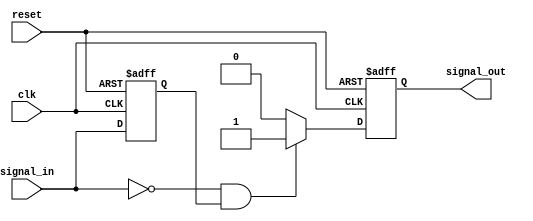
module negative_edge_detector (
    input wire clk,            // Clock signal
    input wire signal_in,      // Input signal to be monitored
    input wire reset,          // Asynchronous reset signal
    output reg signal_out      // Output signal indicating negative edge
);

    reg previous_state;        // Register to store the previous state of signal_in

    // Asynchronous reset and edge detection logic
    always @(posedge clk or posedge reset) begin
        if (reset) begin
            previous_state <= 1'b0; // Initialize previous state to 0
            signal_out <= 1'b0;      // Initialize output to 0
        end else begin
            // Edge detection logic
            if (signal_in == 1'b0 && previous_state == 1'b1) begin
                signal_out <= 1'b1;  // Set output high for one clock cycle
            end else begin
                signal_out <= 1'b0;   // Reset output if no edge detected
            end
            
            // Update previous state
            previous_state <= signal_in; // Store current state for next cycle
        end
    end

endmodule